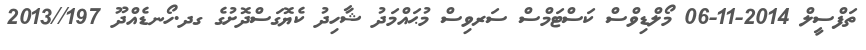
ތަފްސީލް 2014-11-06 މޯލްޑިވްސް ކަސްޓަމްސް ސަރވިސް މުޙައްމަދު ޝާހިދު ކެޔޮގަސްދޮށުގެ ގދ.ހޯނޑެއްދޫ 197//2013